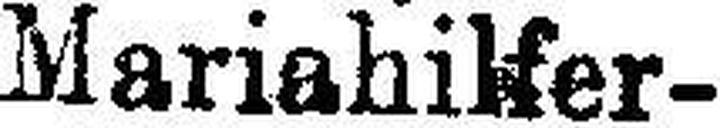
Mariahilfer¬